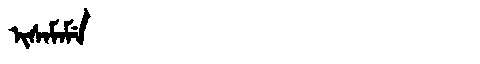
Manchu: ᡳᠰᠠᠮᠠᠮᡝ
Romanization: ISAMAME